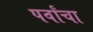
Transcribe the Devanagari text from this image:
पर्वांचा